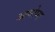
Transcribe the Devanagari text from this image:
आगोप्य